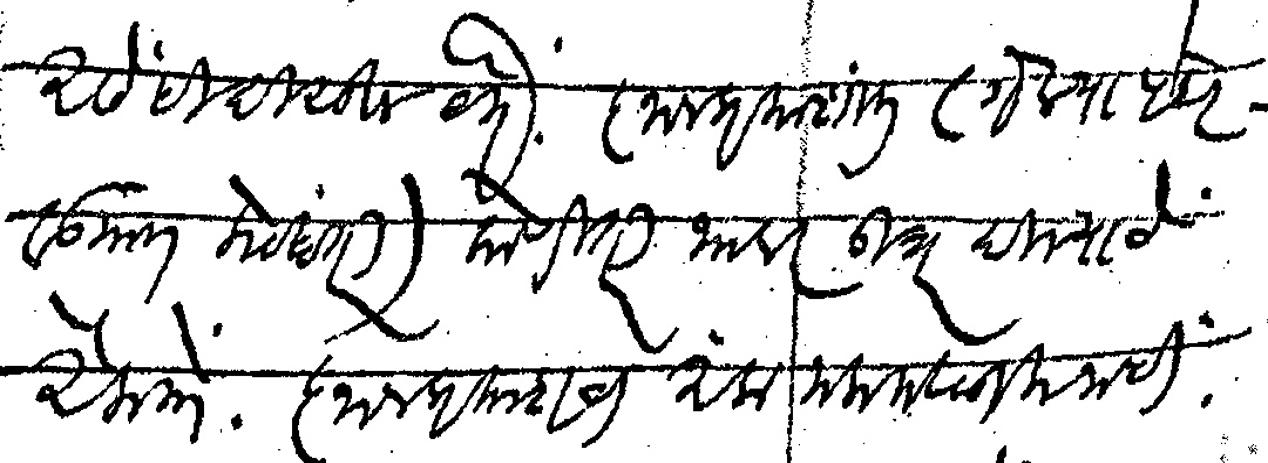
Transliteration (Devanagari): असेही दिसून येते ज्ञानप्रकाशात  गेल्या पंधरवड्यात केव्हातरी  कोणीतरी यावर उतर दिल्याचे ऐकतो ज्ञानप्रकाशचा अंक मला मिळाला नाही